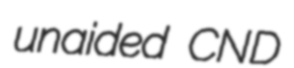
unaided CND